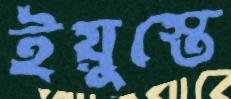
ইয়ুস্তে